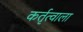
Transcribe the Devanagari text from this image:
कर्तृत्वाला